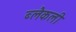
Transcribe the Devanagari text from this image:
ब्लैकली